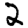
Digit: 2